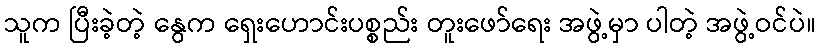
သူက ပြီးခဲ့တဲ့ နွေက ရှေးဟောင်းပစ္စည်း တူးဖော်ရေး အဖွဲ့မှာ ပါတဲ့ အဖွဲ့ဝင်ပဲ။